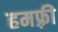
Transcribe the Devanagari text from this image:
हमफ़्री